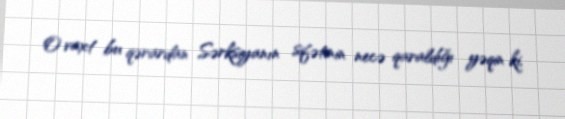
O vaxt bu qərardan Sərksiyanın sifətinin necə qaraldığı yəqin ki,